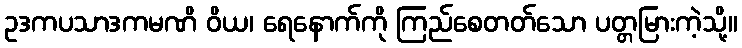
ဥဒကပသာဒကမဏိ ဝိယ၊ ရေနောက်ကို ကြည်စေတတ်သော ပတ္တမြားကဲ့သို့။